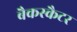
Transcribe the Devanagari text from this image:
बैकस्कैटर